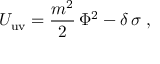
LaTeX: U _ { \mathrm { u v } } = \frac { m ^ { 2 } } { 2 } \, \Phi ^ { 2 } - \delta \, \sigma \; ,